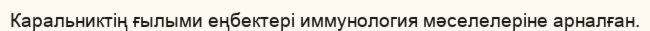
Каральниктің ғылыми еңбектері иммунология мәселелеріне арналған.